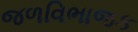
જળવિભાજક